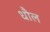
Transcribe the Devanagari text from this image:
धौल